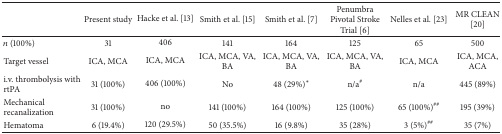
<table><thead><tr><td><b> </b></td><td><b>Present study</b></td><td><b>Hacke et al. [13]</b></td><td><b>Smith et al. [15]</b></td><td><b>Smith et al. [7]</b></td><td><b>Penumbra Pivotal Stroke Trial [6]</b></td><td><b>Nelles et al. [23]</b></td><td><b>MR CLEAN [20]</b></td></tr></thead><tbody><tr><td><i>n</i> (100%)</td><td>31</td><td>406</td><td>141</td><td>164</td><td>125</td><td>65</td><td>500</td></tr><tr><td>Target vessel</td><td>ICA, MCA</td><td>ICA, MCA</td><td>ICA, MCA, VA, BA</td><td>ICA, MCA, VA, BA</td><td>ICA, MCA, VA, BA</td><td>ICA, MCA</td><td>ICA, MCA, ACA</td></tr><tr><td>i.v. thrombolysis with rtPA</td><td>31 (100%)</td><td>406 (100%)</td><td>No</td><td>48 (29%)<sup><i>∗</i></sup></td><td>n/a<sup>#</sup></td><td>n/a</td><td>445 (89%)</td></tr><tr><td>Mechanical recanalization</td><td>31 (100%)</td><td>no</td><td>141 (100%)</td><td>164 (100%)</td><td>125 (100%)</td><td>65 (100%)<sup>##</sup></td><td>195 (39%)</td></tr><tr><td>Hematoma</td><td>6 (19.4%)</td><td>120 (29.5%)</td><td>50 (35.5%)</td><td>16 (9.8%)</td><td>35 (28%)</td><td>3 (5%)<sup>##</sup></td><td>35 (7%)</td></tr></tbody></table>